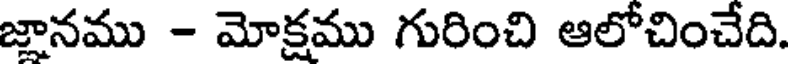
జానము - మోక్షము గురించి ఆలోచించేది.